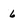
Character: 6